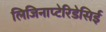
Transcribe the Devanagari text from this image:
लिजिनाप्टेरिडेसिई